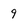
Character: 9